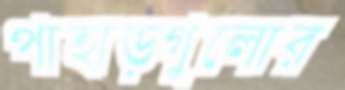
পাহাড়গুলোর